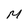
Character: M